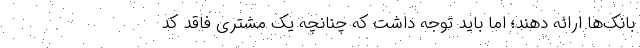
بانک‌ها ارائه دهند؛ اما باید توجه داشت که چنانچه یک مشتری فاقد کد